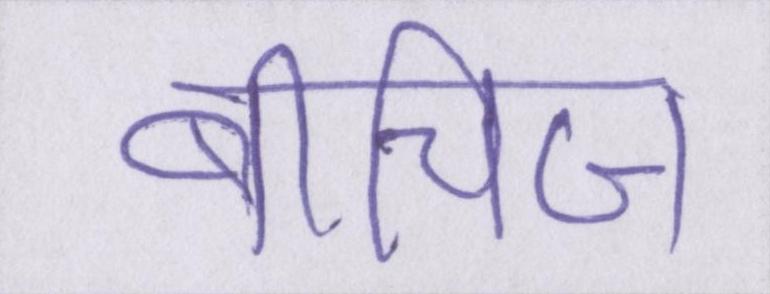
बीचिज